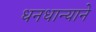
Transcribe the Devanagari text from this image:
धनधान्याने